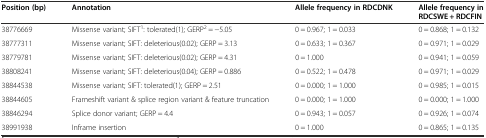
<table><thead><tr><td><b>Position (bp)</b></td><td><b>Annotation</b></td><td><b>Allele frequency in RDCDNK</b></td><td><b>Allele frequency in RDCSWE + RDCFIN</b></td></tr></thead><tbody><tr><td>38776669</td><td>Missense variant; SIFT<sup>1</sup>: tolerated(1); GERP<sup>2</sup> = −5.05</td><td>0 = 0.967; 1 = 0.033</td><td>0 = 0.868; 1 = 0.132</td></tr><tr><td>38777311</td><td>Missense variant; SIFT: deleterious(0.02); GERP = 3.13</td><td>0 = 0.633; 1 = 0.367</td><td>0 = 0.971; 1 = 0.029</td></tr><tr><td>38779781</td><td>Missense variant; SIFT: deleterious(0.02); GERP = 4.31</td><td>0 = 1.000</td><td>0 = 0.941; 1 = 0.059</td></tr><tr><td>38808241</td><td>Missense variant; SIFT: deleterious(0.04); GERP = 0.886</td><td>0 = 0.522; 1 = 0.478</td><td>0 = 0.971; 1 = 0.029</td></tr><tr><td>38844538</td><td>Missense variant; SIFT: tolerated(1); GERP = 2.51</td><td>0 = 0.000; 1 = 1.000</td><td>0 = 0.985; 1 = 0.015</td></tr><tr><td>38844605</td><td>Frameshift variant &amp; splice region variant &amp; feature truncation</td><td>0 = 0.000; 1 = 1.000</td><td>0 = 0.000; 1 = 1.000</td></tr><tr><td>38846294</td><td>Splice donor variant; GERP = 4.4</td><td>0 = 0.943; 1 = 0.057</td><td>0 = 0.926; 1 = 0.074</td></tr><tr><td>38991938</td><td>Inframe insertion</td><td>0 = 1.000</td><td>0 = 0.865; 1 = 0.135</td></tr></tbody></table>